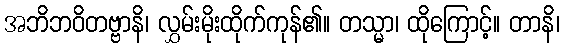
အဘိဘဝိတဗ္ဗာနိ၊ လွှမ်းမိုးထိုက်ကုန်၏။ တသ္မာ၊ ထိုကြောင့်။ တာနိ၊